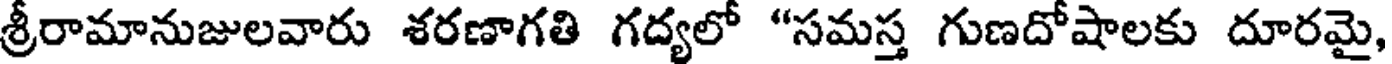
శ్రీరామానుజులవారు శరణాగతి గద్యలో "సమస్త గుణదోషాలకు దూరమై,